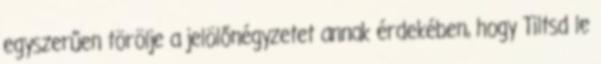
egyszerűen törölje a jelölőnégyzetet annak érdekében, hogy Tiltsd le